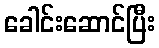
ခေါင်းဆောင်ပြီး